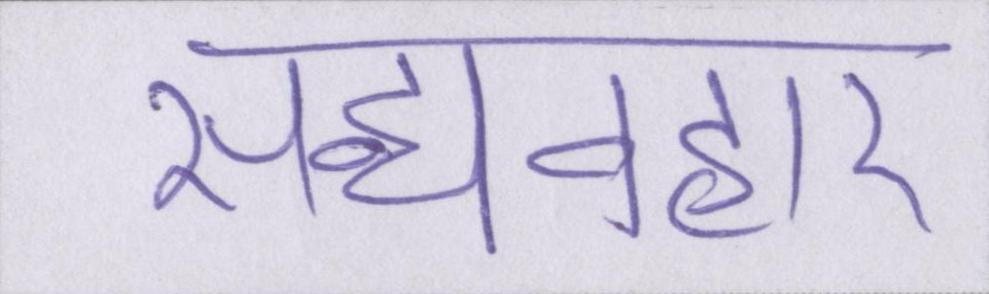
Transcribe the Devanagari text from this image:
सद्व्यवहार